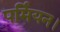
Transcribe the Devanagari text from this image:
पर्मियन।